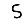
Digit: 5